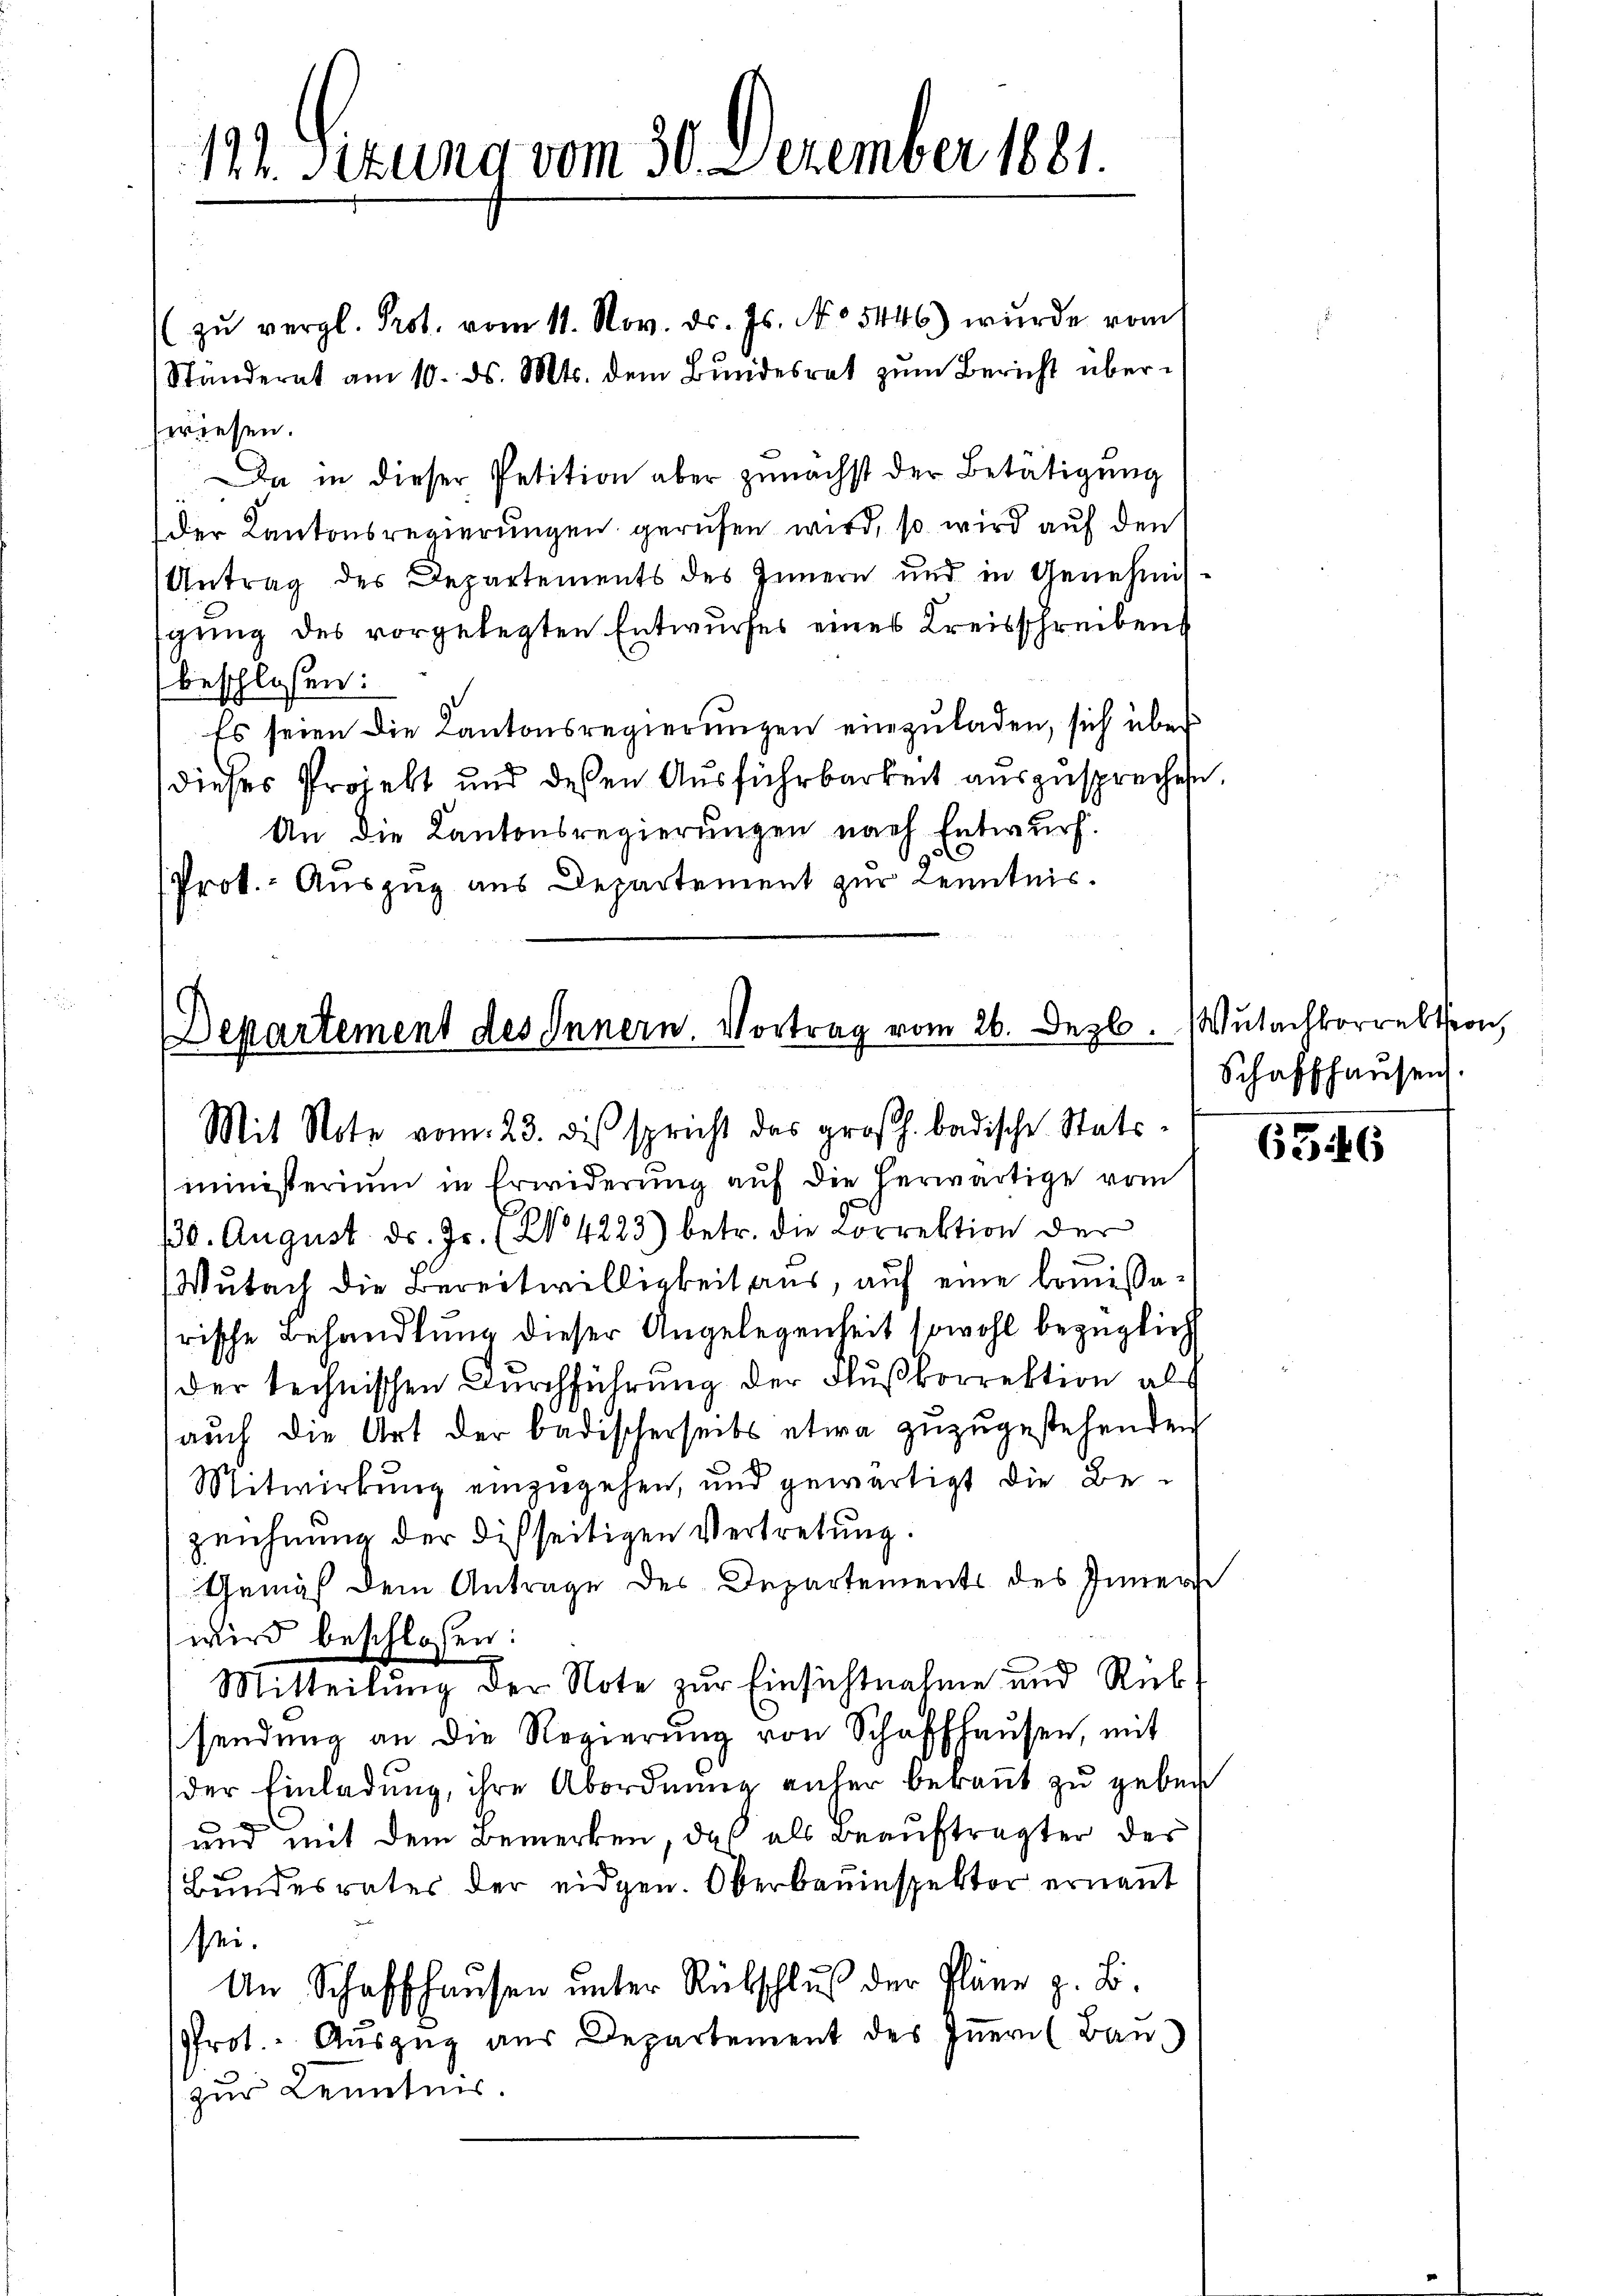
122. Sizung vom 30. Dezember 1881.

Departement des Innern. Vortrag vom 26. Dezb
Mit Note vom 23. dis spricht das großh. badische Stats-

(zŭ vergl. Prot. vom 11. Nov. dr. Js. No 5446) wurde vom
Ständerat am 10. ds. Mts. dem Bundesrat zum Bericht überwiesen.
a in dieser Petition aber zunächst der Betätigung
der Kantonsregierŭngen gerufen wird, so wird auf den
Antrag des Departements des Innern und in Genehmis-
gung des vorgelegten Entwurfes eines Kreisschreibens
beschlossen:
Es seien die Kantonsregierungen einzuladen, sich über
dieses Projekt und deßen Ausführbarkeit ausgesprechen.
An die Kantonsregierungen nach Entwurf.
Prok. - Auszug aus Departement zur Kenntnis.

ministerium in Erwiderung auf die herwärtige vom
130. August d. Js. (N. 4223) betr. die Correktion der
Wutach die Bereitwilligkeit aus, auf eine kommissarische Behandlung dieser Angelegenheit sowohl bezüglich
der technischen Durchführung der Flußkorrektion als
auch die Art der badischerseits etwa zuzugestehenden
Mitwirkung einzugehen, und gewärtigt die Bezeichnung der Disseitigen Vertretung.
Gemäß dem Antrage des Departements des Inner
wird beschlossen:
Mitteilung der Note zur Einsichtnahme und Reb-
sendŭng an die Regierŭng von Schaffhaŭsen, mit
der Einladung, ihre Abordnung anher bekannt zu geben
d
und mit dem Bemerken, daß als Beauftragter des
Bundesrates der eidgen. Oberbauinspektor ernannt
sei.
An Schaffhausen unter Rückschluß der Pläne z. B.
Prot. Aŭszŭg aŭs Departement des Iṅern (Ban
zur Kenntnis.

Wutachkorrektion,
Schaffhausen

6346